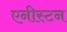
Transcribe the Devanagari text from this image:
एनीस्टन